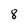
Character: 8